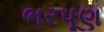
ભરપૂણ